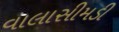
વાલાસીમડી